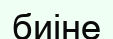
биіне